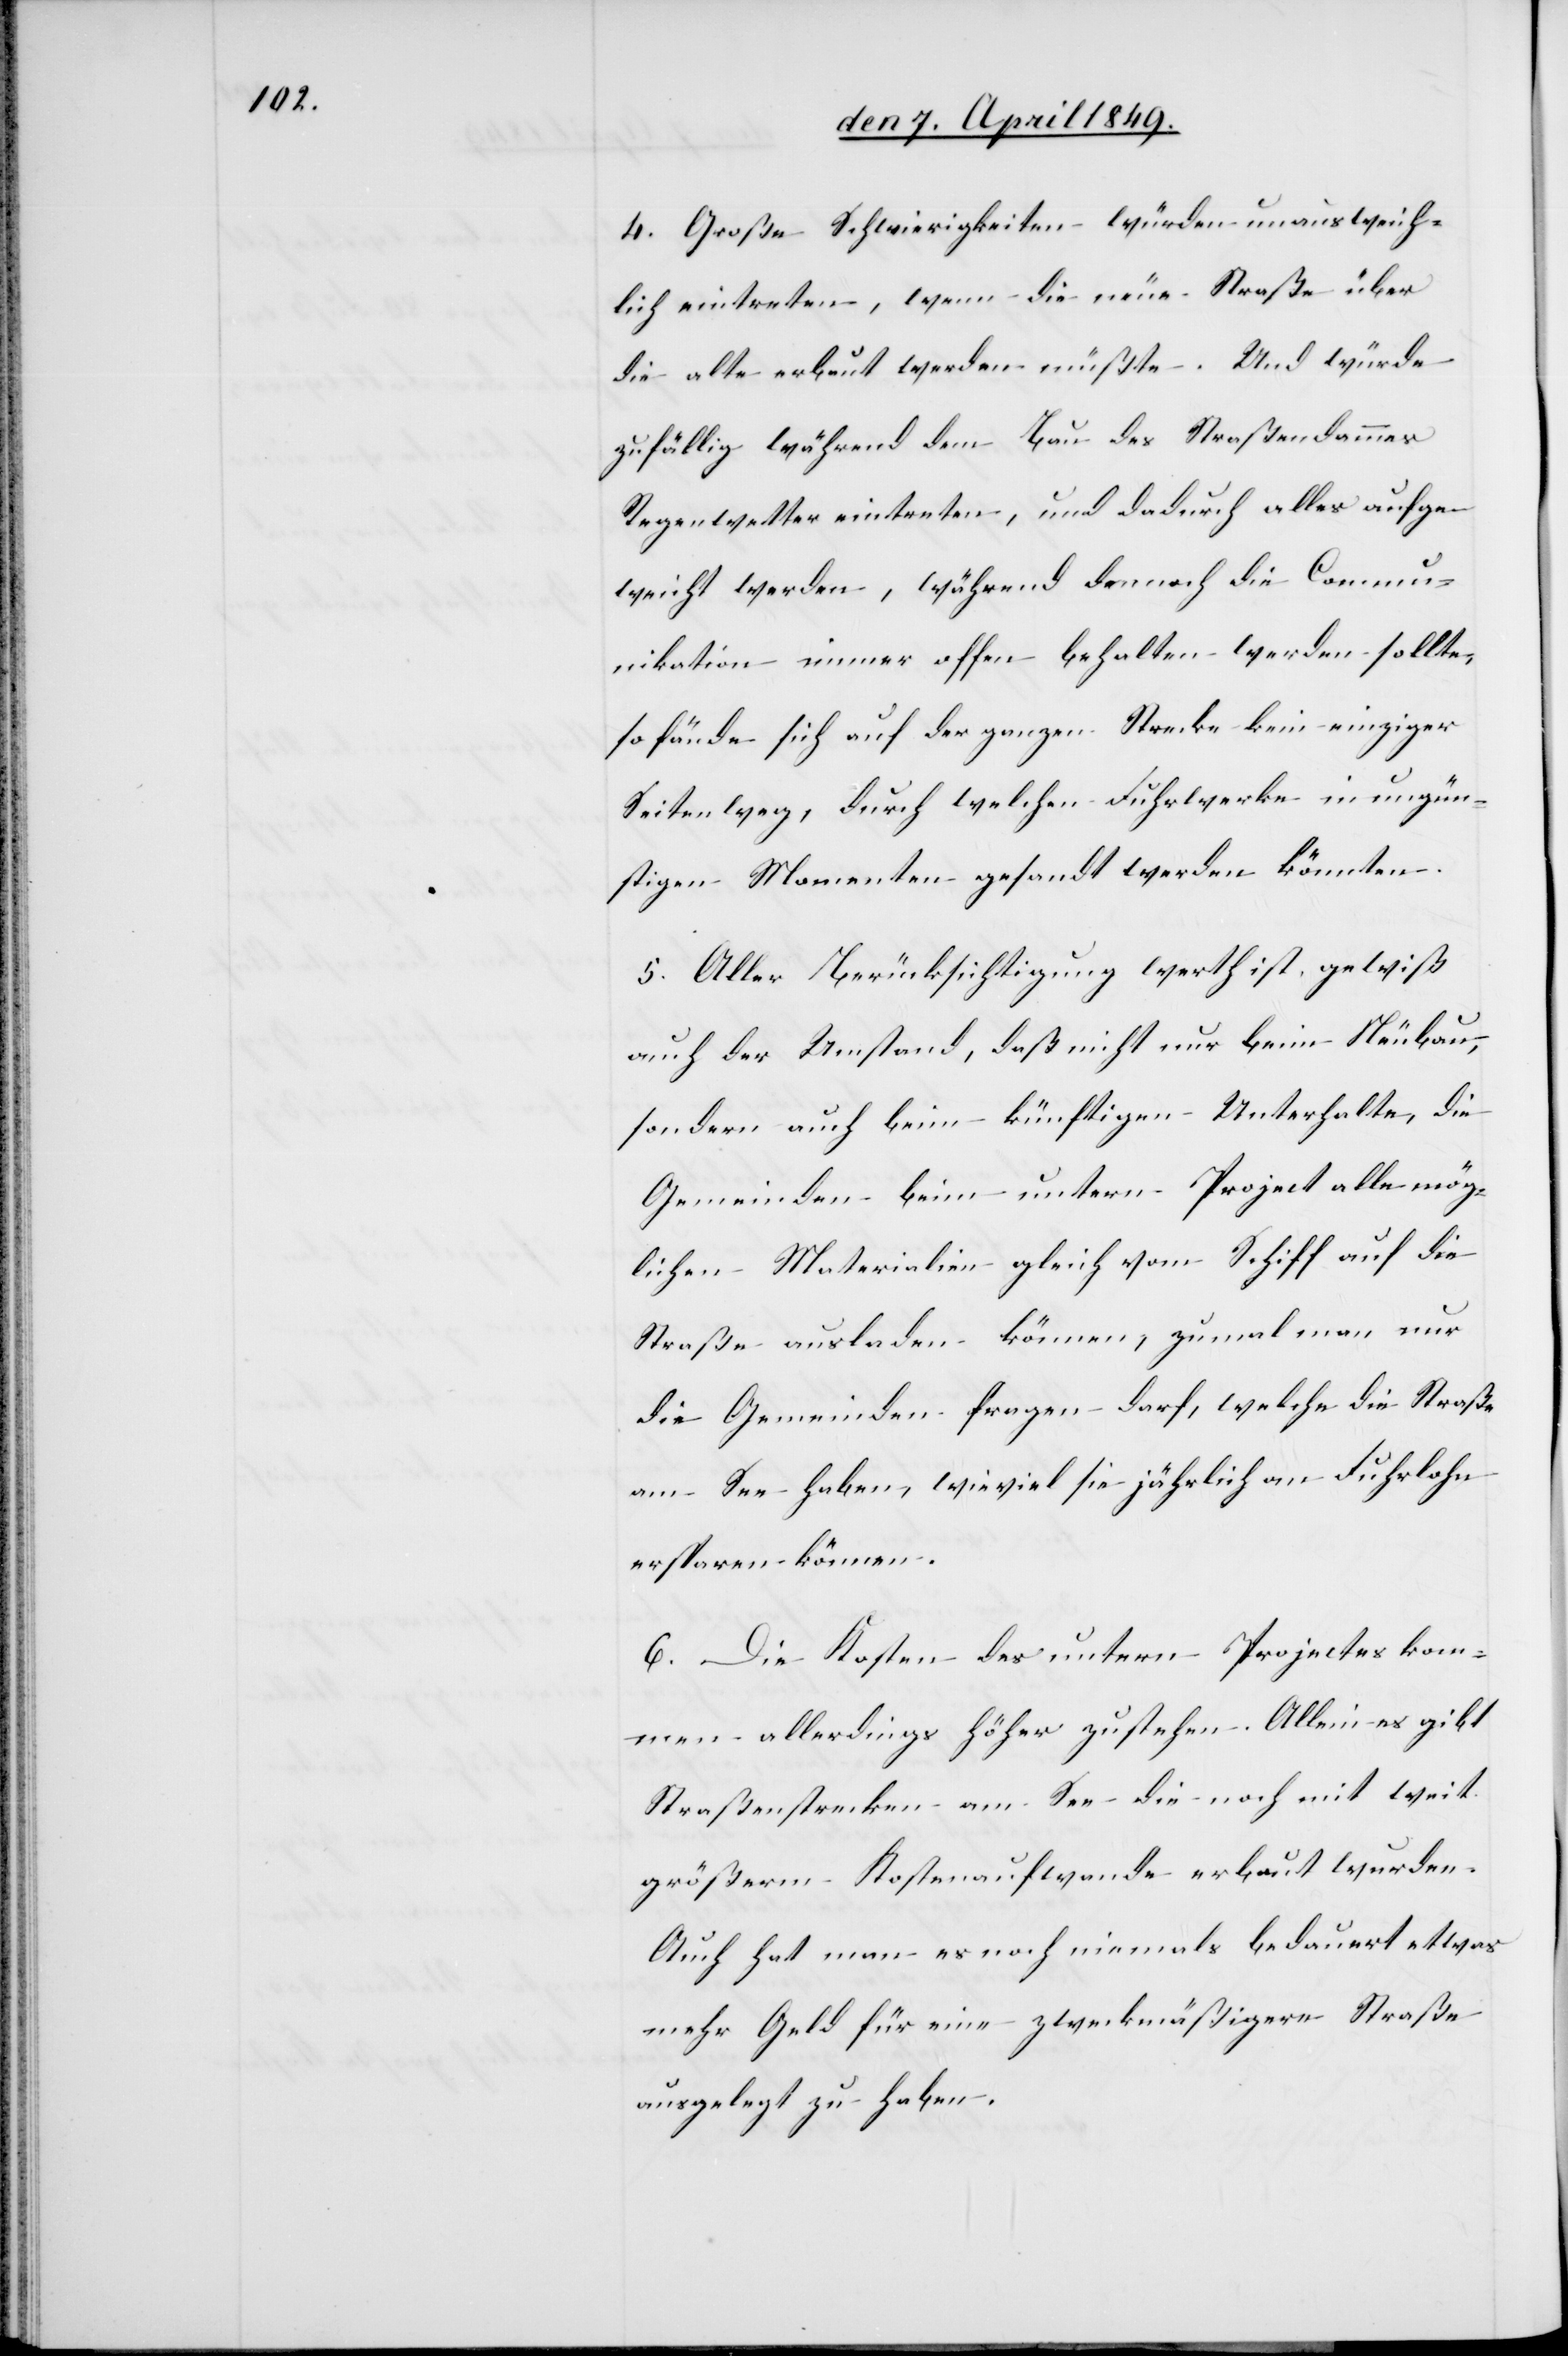
4. Große Schwierigkeiten würden unausweich¬
lich eintreten, wenn die neue Straße über
die alte erbaut werden müßte. Und würde
gefällig während dem Bau des Straßendammes
Regenwetter eintreten, und dadurch alles aufge¬
weicht werden, während dennoch die Commun¬
ikation immer offen behalten werden sollte,
so fände sich auf der ganzen Strecke kein einziger
Seitenweg, durch welchen Fuhrwerke in ungün¬
stigen Momenten gesandt werden könnten.
5. Aller Berücksichtigung werth ist, gewiß
auch der Umstand, daß nicht nur kein Neubau,
sondern auch beim künftigen Unterhalte, die
Gemeinden beim untern Project alle mög¬
lichen Materialien gleich vom Schiff auf die
Straße ausladen können, zumal man nur
die Gemeinden fragen darf, welche die Straße
am See haben, wieviel sie jährlich an Fuhrlohn
ersparen können.
6. Die Kosten des untern Projectes kom¬
men allerdings höher zustehen. Allein es gibt
Straßenstrecken am See die noch mit weit
größerm Kostenaufwande erbaut wurden.
Auch hat man es noch niemals bedauert etwas
mehr Geld für eine zweckmäßigere Straße
ausgelegt zu haben.